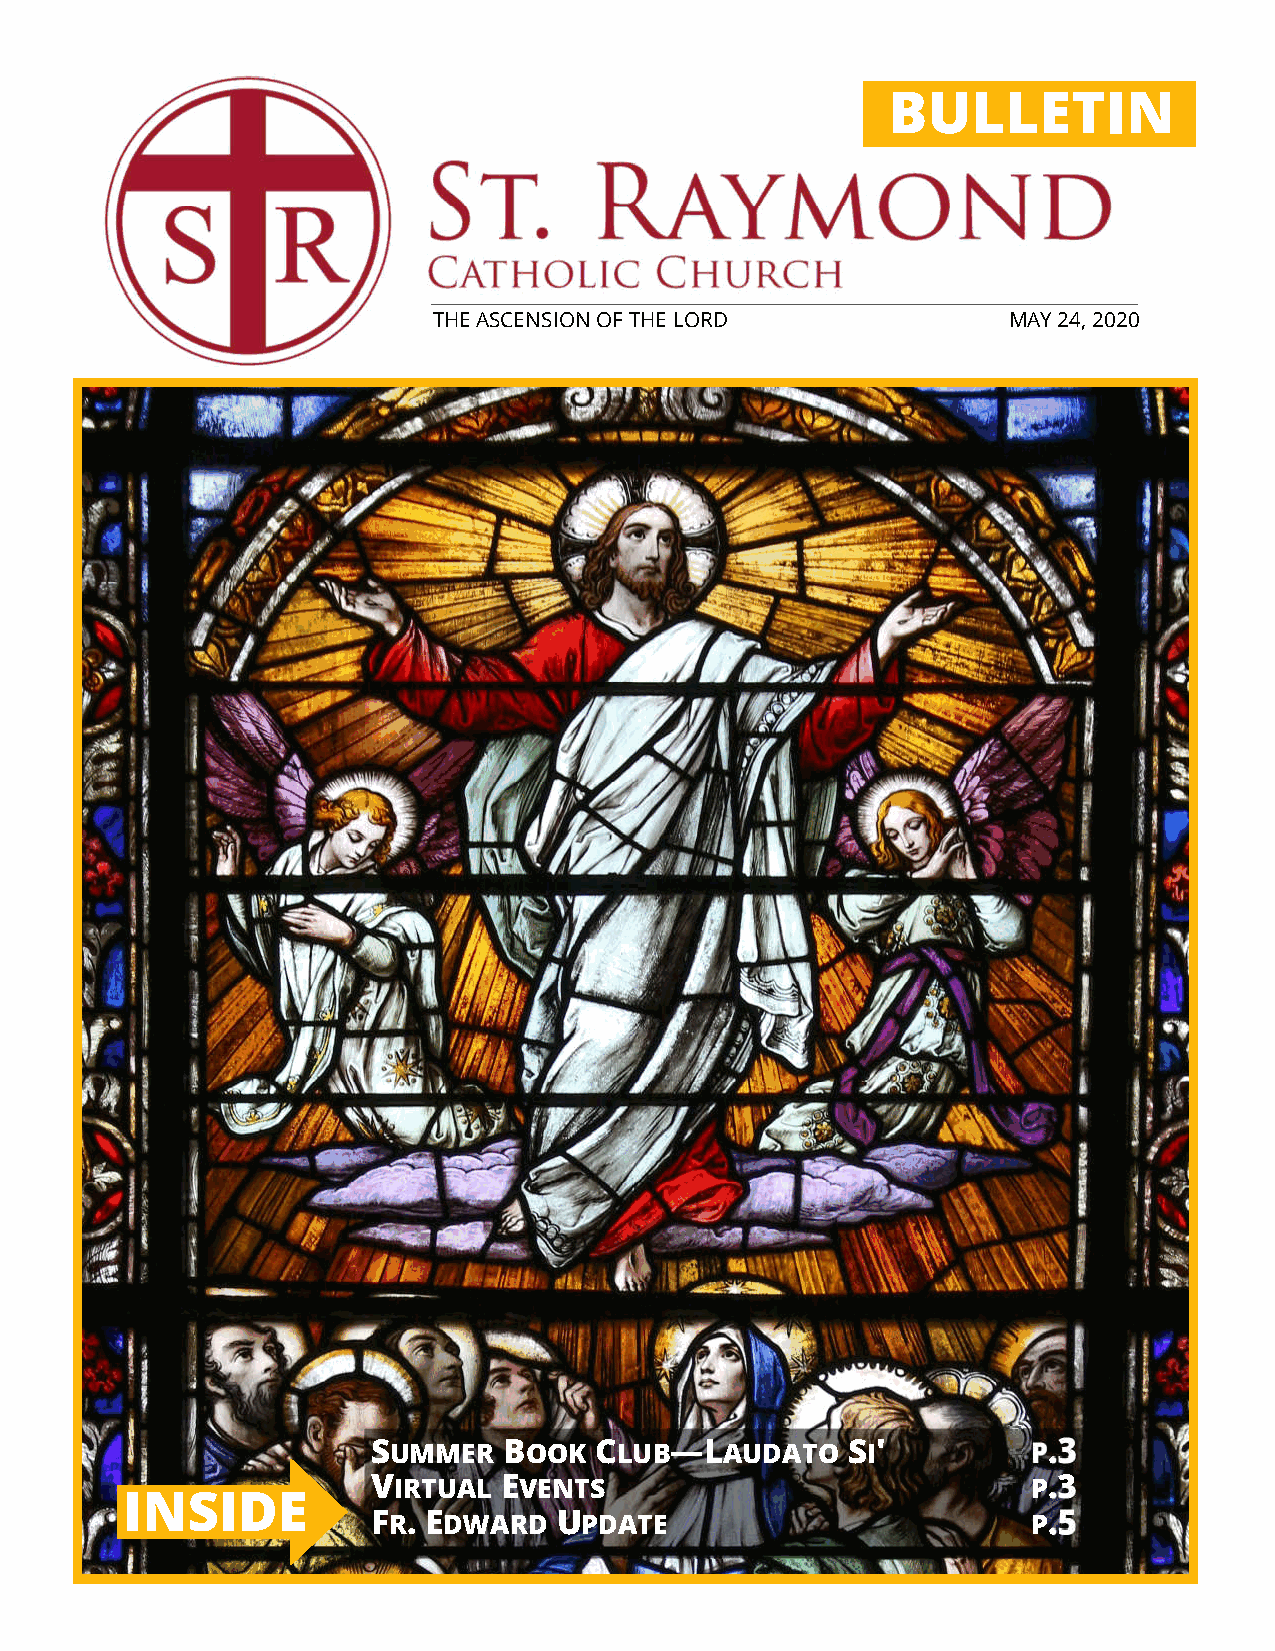
BULLETIN
 THE ASCENSION OF THE LORD             MAY 24, 2020
 SUMMER  BOOK  CLUB—LAUDATO     SI'         P.3
 VIRTUAL EVENTS                             P.3
 INSIDE
 FR. EDWARD  UPDATE                         P.5